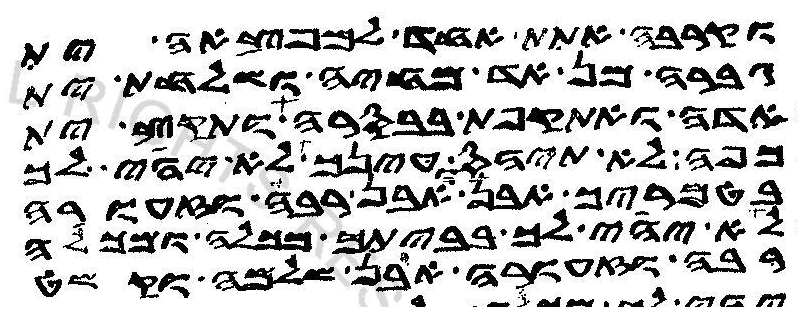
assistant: וקרבה אתת אחד למפצאה ית
גברה מן אד מחיה ושלחת ית
אדה ואתקפת בבסרה ותקץ ית
כפה לא תיהס עינך לא יהי לך
בטמריך אבן ואבן רבה וזעורה
לא יהי לך בביתך מכלה ומכלה
רבה וזעורה אבן שלמה וקשט